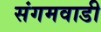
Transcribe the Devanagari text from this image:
संगमवाडी